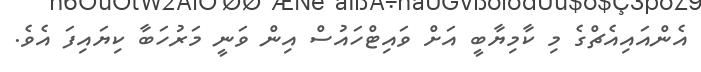
އެންއައިއެޗްގެ މި ކާމިޔާބީ އަށް ވައިޓްހައުސް އިން ވަނީ މަރުހަބާ ކިޔައިފަ އެވެ.